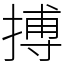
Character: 搏